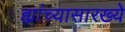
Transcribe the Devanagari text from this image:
ह्यांच्यासारख्ये